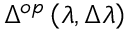
\Delta ^ { o p } \left( \lambda , \Delta \lambda \right)